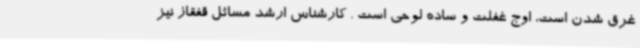
غرق شدن است، اوج غفلت و ساده لوحی است . کارشناس ارشد مسائل قفقاز نیز